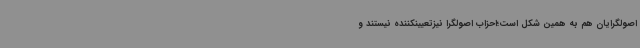
اصولگرایان هم به همین شکل است؛احزاب اصولگرا نیزتعیینکننده نیستند و